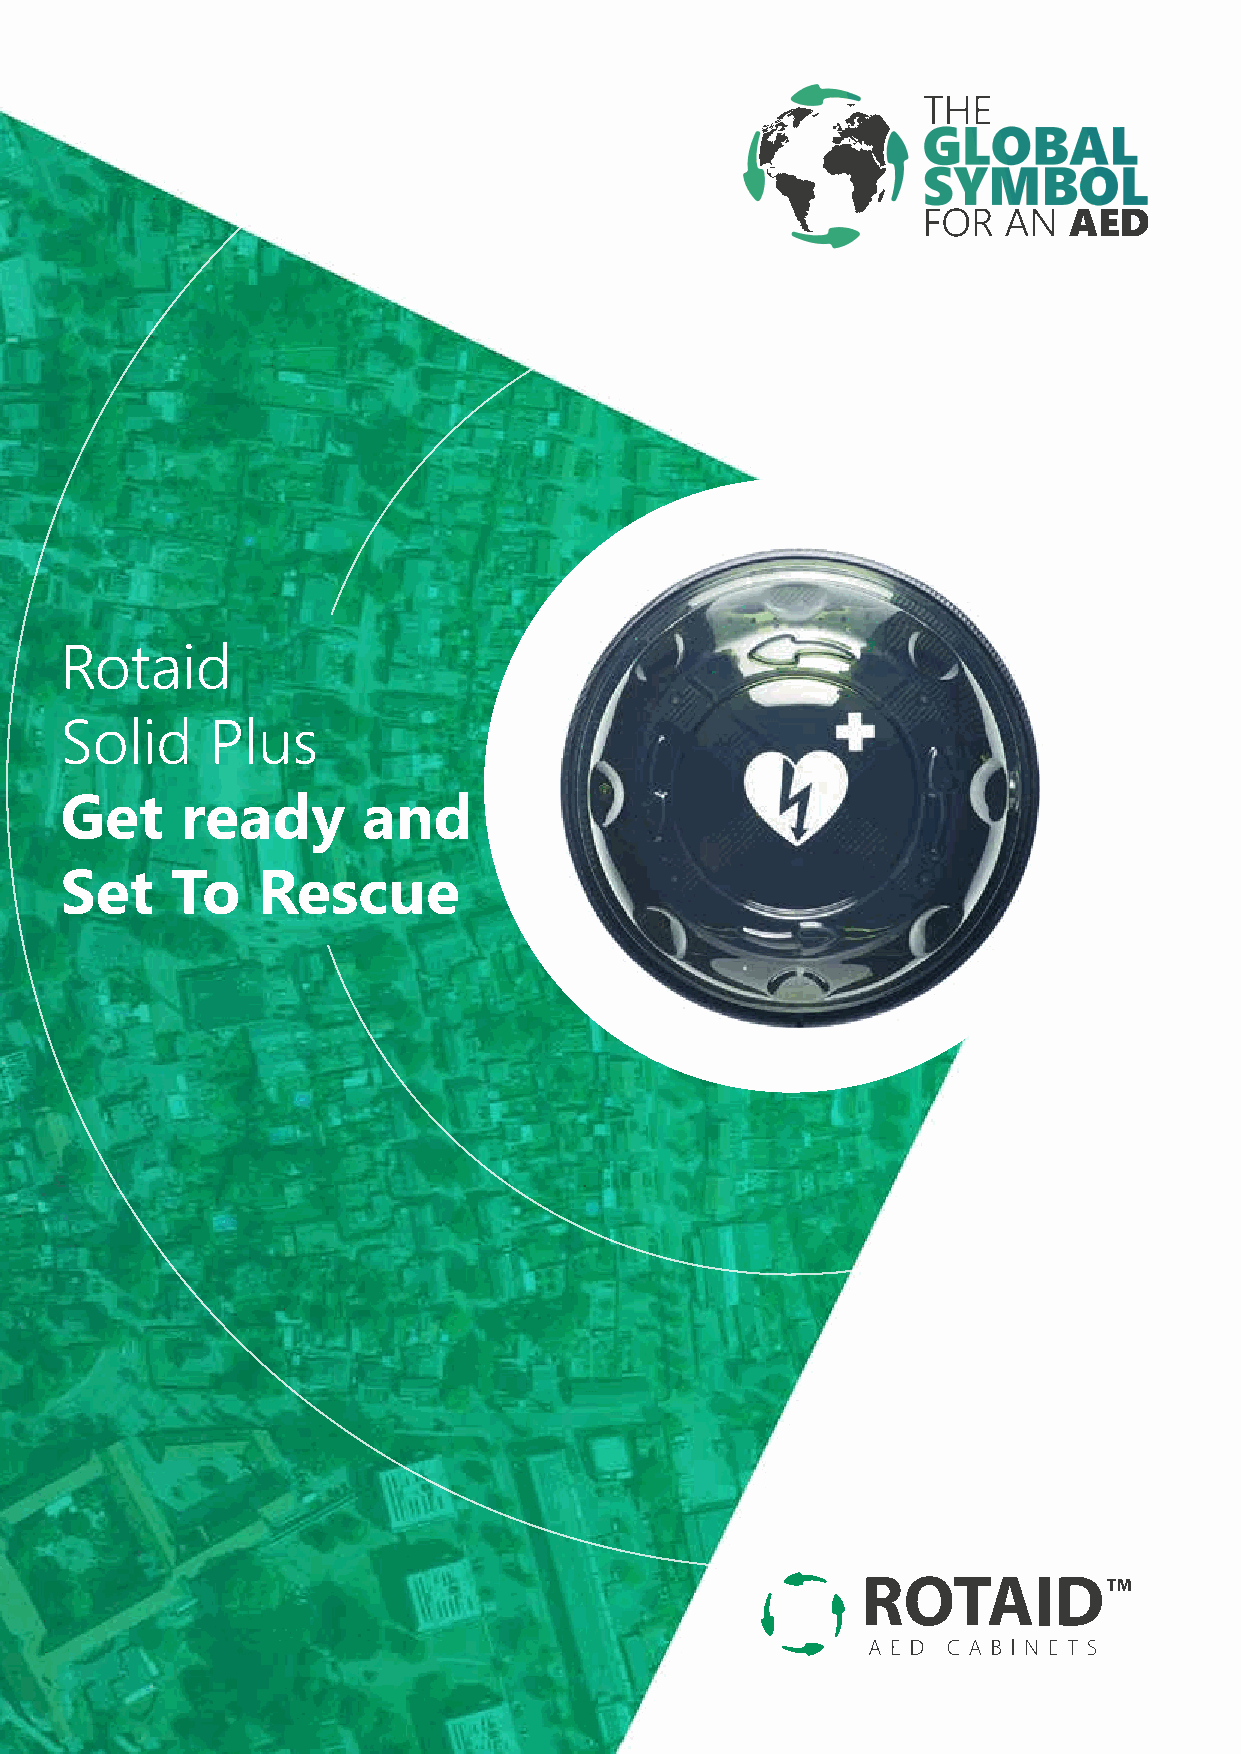
Rotaid
 Solid     Plus
 Get     ready       and
 Set    To    Rescue